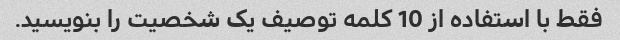
فقط با استفاده از 10 کلمه توصیف یک شخصیت را بنویسید.